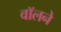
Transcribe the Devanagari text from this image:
वॉलने